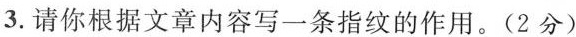
3.请你根据文章内容写一条指纹的作用。(2分)